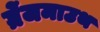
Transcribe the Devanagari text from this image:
ग्रेंजमाउथ